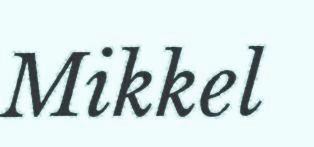
Mikkel